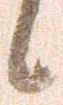
候